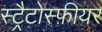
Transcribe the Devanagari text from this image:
स्ट्रैटोस्फ़ीयर